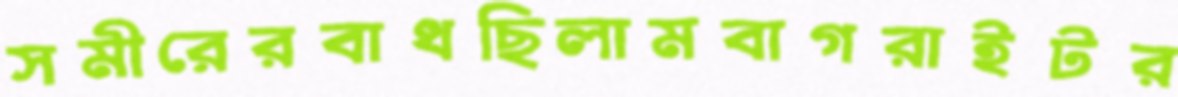
সমীরেরবাধছিলামবাগরাইটর